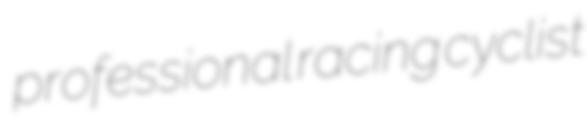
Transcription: professional racing cyclist